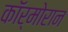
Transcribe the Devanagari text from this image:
कॉर्मोरान